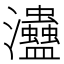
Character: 𤅱